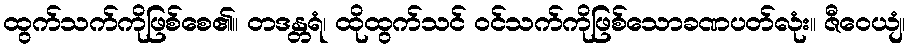
ထွက်သက်ကိုဖြစ်စေ၏။ တဒန္တရံ၊ ထိုထွက်သင် ဝင်သက်ကိုဖြစ်သောခဏပတ်လုံး။ ဇီဝေယျံ၊